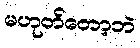
မဟုတ်တော့ဘဲ